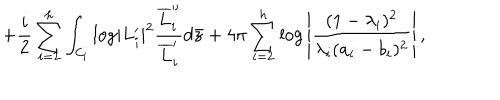
+ { \frac { i } { 2 } } \sum _ { i = 2 } ^ { h } \int _ { { \cal C } _ { i } } { \log } | L _ { i } ^ { \prime } | ^ { 2 } { \frac { \overline { { L } } _ { i } ^ { \prime \prime } } { \overline { { L } } _ { i } ^ { \prime } } } d \bar { z } + 4 \pi \sum _ { i = 2 } ^ { h } { \log } \left| { \frac { ( 1 - \lambda _ { i } ) ^ { 2 } } { \lambda _ { i } ( a _ { i } - b _ { i } ) ^ { 2 } } } \right| ,